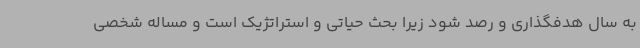
به سال هدفگذاری و رصد شود زیرا بحث حیاتی و استراتژیک است و مساله شخصی